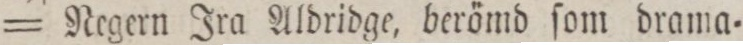
= Negern Ira Aldridge, berömd ſom drama=